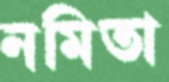
নমিতা